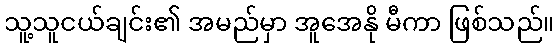
သူ့သူငယ်ချင်း၏ အမည်မှာ အူအေနို မီကာ ဖြစ်သည်။